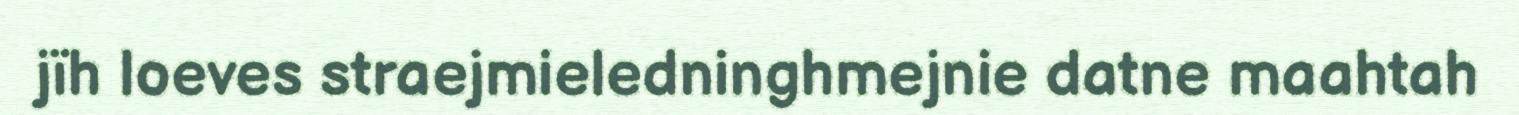
jïh loeves straejmieledninghmejnie datne maahtah